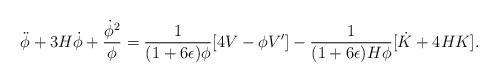
LaTeX: \begin{align*}\ddot{\phi} +3 H\dot{\phi} + {\dot{\phi}^2 \over \phi} ={1 \over (1+6 \epsilon) \phi} [4V-\phi V'] - {1 \over (1+6 \epsilon) H\phi} [\dot{K} +4HK] . \end{align*}